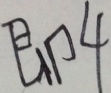
即 4